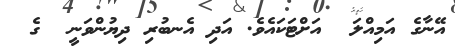
އޭނާގެ އަމިއްލަ  އަށްޓަކައެވެ. އަދި އެނބުރި ދިޔުންވަނީ  ގެ